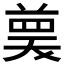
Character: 𭁗